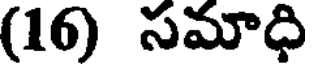
(16) సమాధి